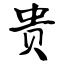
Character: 贵